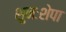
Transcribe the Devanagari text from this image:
शुनःशेपा